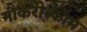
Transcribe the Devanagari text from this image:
नौकरी॰कॉम